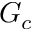
G _ { c }